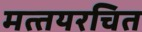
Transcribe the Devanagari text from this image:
मत्‍तयरचित